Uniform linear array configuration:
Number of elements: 4
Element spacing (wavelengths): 0.5
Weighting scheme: hamming
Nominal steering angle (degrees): -60
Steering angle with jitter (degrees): -60.71
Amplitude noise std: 0.05
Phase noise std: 0.05

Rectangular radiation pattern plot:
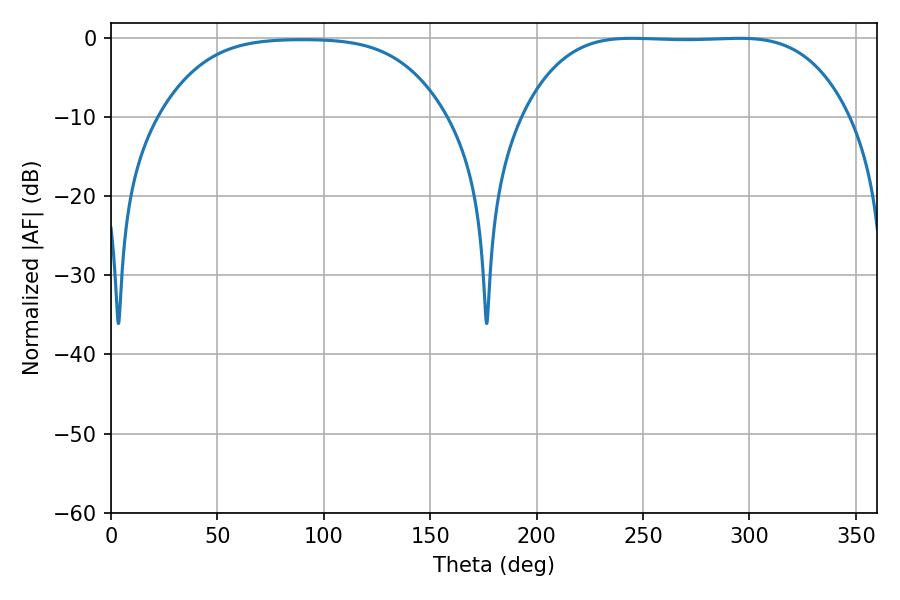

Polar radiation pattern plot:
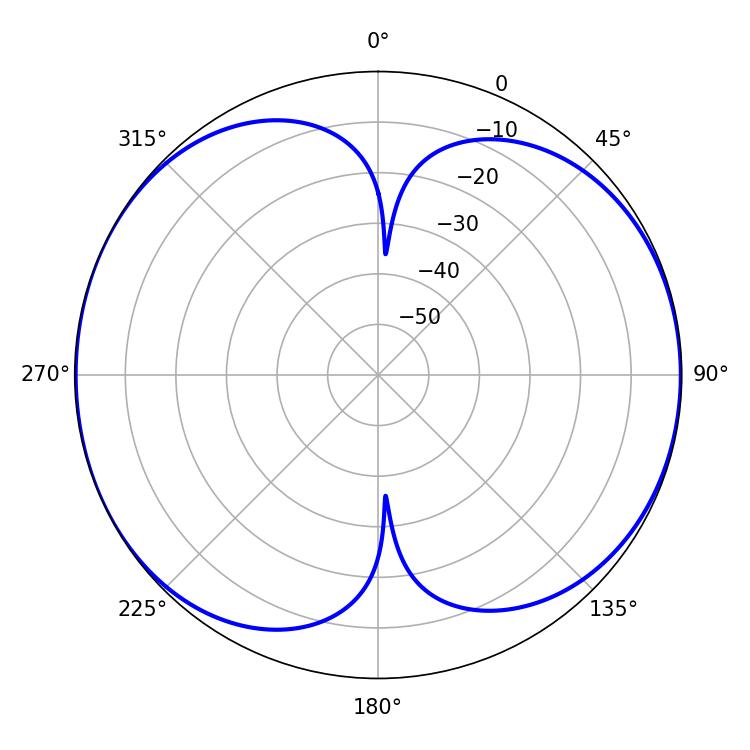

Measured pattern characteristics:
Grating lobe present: FALSE
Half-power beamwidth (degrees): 118.08
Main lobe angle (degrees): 244.8